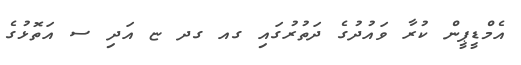
އެމްޑީޕީން ކުރާ ވައުދުގެ ދަތުރުގައި ގއ ގދ ޏ އަދި ސ އަތޮޅުގެ